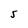
Character: S